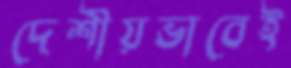
দেশীয়ভাবেই